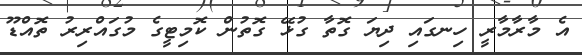
އެ މާރާމާރީ ހިނގައި ދިޔަ ގޮތާ ގުޅޭ ގޮތުން ކޮމިޓީގެ މުގައްރިރު ތޮއްޑޫ